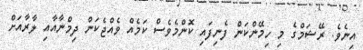
އިނެވެ. ރޭޝަމްގެ މި ހިމޭންކަން ފެނިފައި ކޮންމެވެސް ކަމެއް ވެއްޖެކަން ދިމްނާއާއި ލާރާއަށް